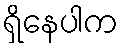
ရှိနေပါက